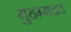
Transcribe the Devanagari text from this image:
मुहम्मदद